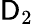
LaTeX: \mathsf{D}_{2}